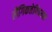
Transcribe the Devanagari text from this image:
लैंगिकतेविषयक